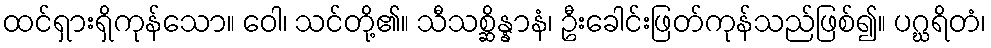
ထင်ရှားရှိကုန်သော။ ဝေါ၊ သင်တို့၏။ သီသစ္ဆိန္နာနံ၊ ဦးခေါင်းဖြတ်ကုန်သည်ဖြစ်၍။ ပဂ္ဃရိတံ၊